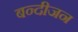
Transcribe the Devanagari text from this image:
बन्दीजन